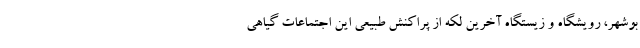
بوشهر، رویشگاه و زیستگاه آخرین لکه از پراکنش طبیعی این اجتماعات گیاهی